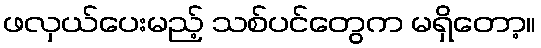
ဖလှယ်ပေးမည့် သစ်ပင်တွေက မရှိတော့။